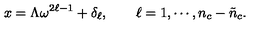
x = \Lambda \omega ^ { 2 \ell - 1 } + \delta _ { \ell } , \qquad \ell = 1 , \cdots , n _ { c } - \tilde { n } _ { c } .